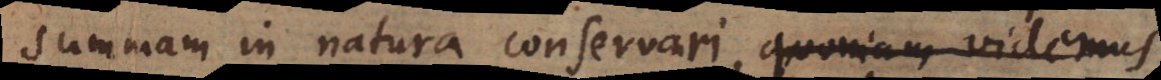
summam in natura conservari:, quoniam videmus